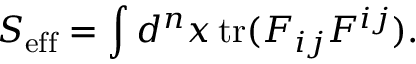
S _ { \mathrm { e f f } } = \int d ^ { n } x \, \mathrm { t r } ( F _ { i j } F ^ { i j } ) .